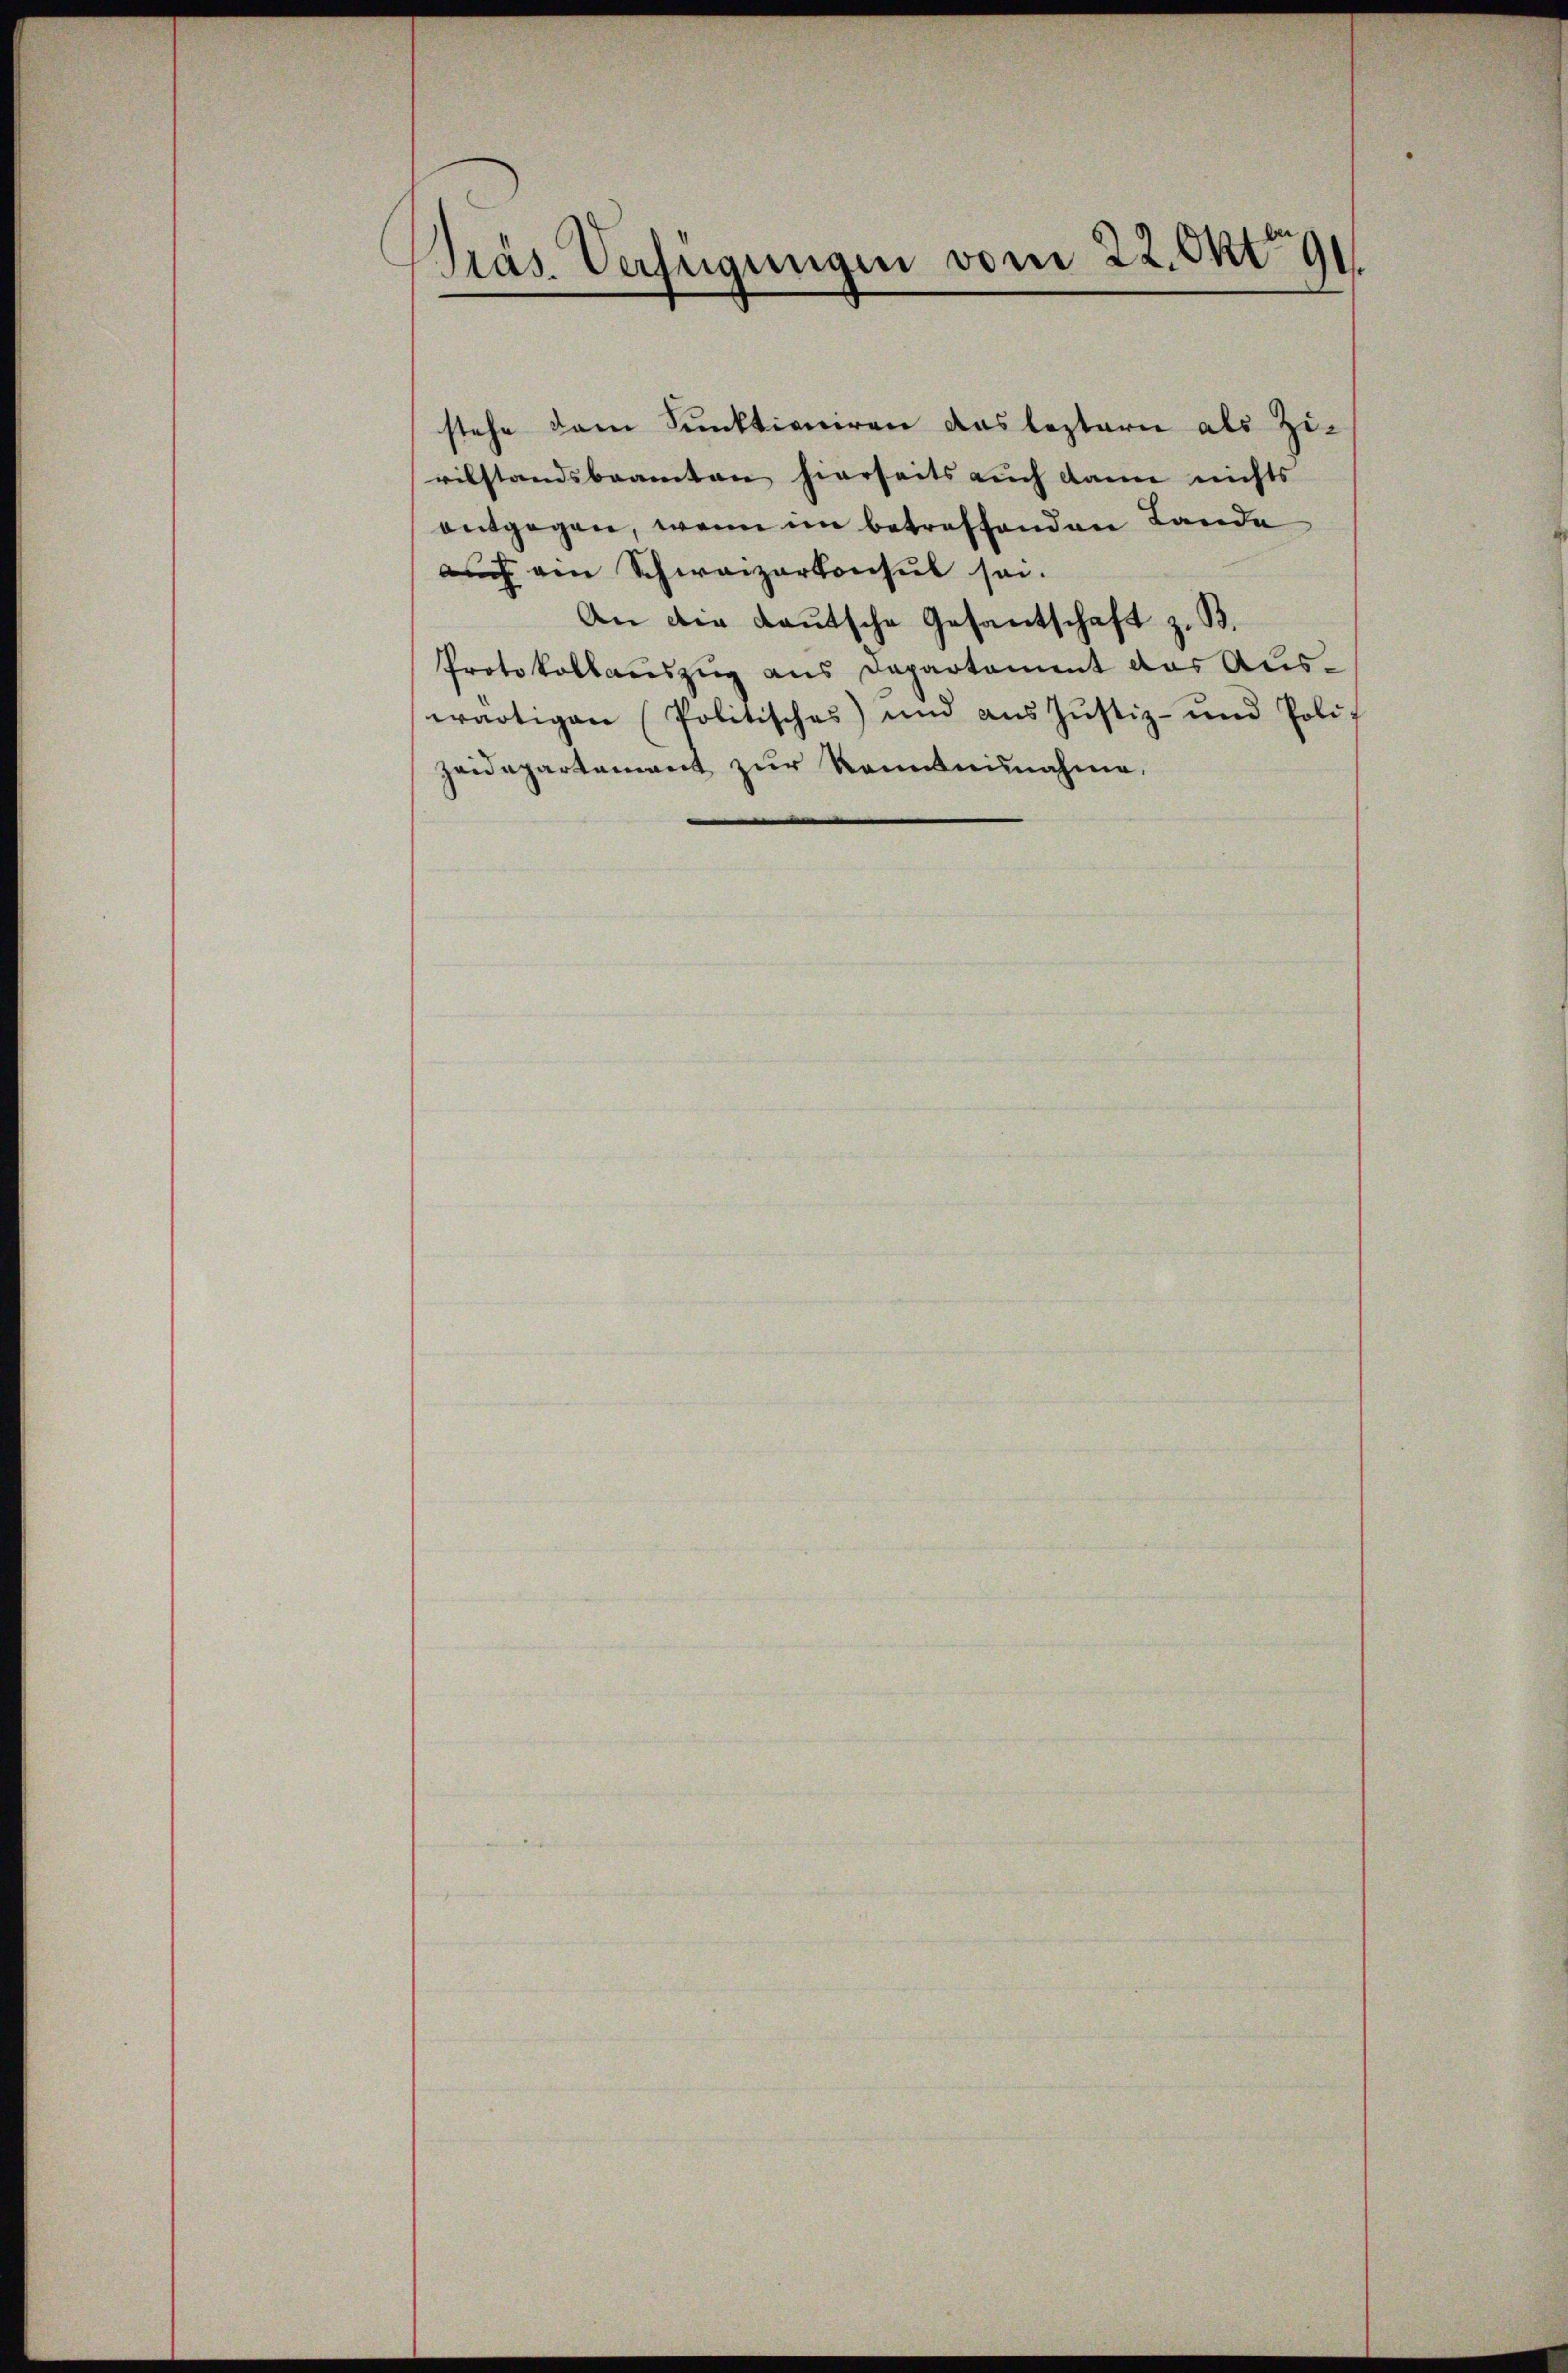
Präs. Verfügungen vom 22. Okt. 191

stehe dem Funktioniren das leztern als Zivilstandsbeamten hierseits auch dann nichts
entgegen, wenn im betreffenden Lande
auch am Schweizerkonsul sei.
An die Lautsche Gesantschaft z. B.
Protokollauszug aus Departament das Auswärtigen Politisches) und ans Justiz- und Poli-
Zeidepartement zur Kenntnisnahme.